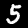
Digit: 5